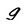
Character: g